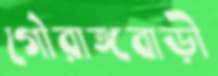
গৌরাঙ্গবাড়ী